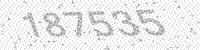
Solution: 187535